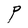
Character: P